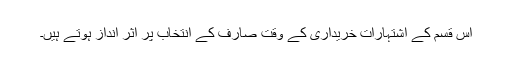
اس قسم کے اشتہارات خریداری کے وقت صارف کے انتخاب پر اثر انداز ہوتے ہیں۔